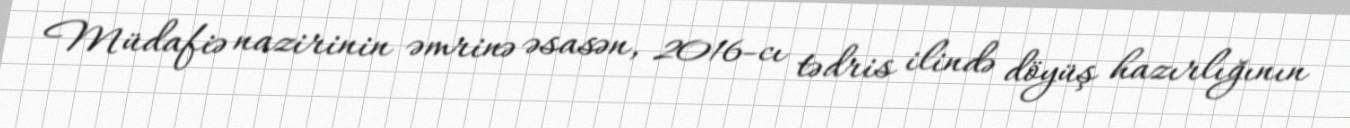
Müdafiə nazirinin əmrinə əsasən, 2016-cı tədris ilində döyüş hazırlığının